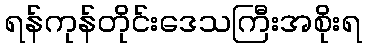
ရန်ကုန်တိုင်းဒေသကြီးအစိုးရ